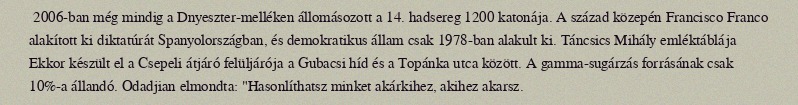
2006-ban még mindig a Dnyeszter-melléken állomásozott a 14. hadsereg 1200 katonája. A század közepén Francisco Franco alakított ki diktatúrát Spanyolországban, és demokratikus állam csak 1978-ban alakult ki. Táncsics Mihály emléktáblája Ekkor készült el a Csepeli átjáró felüljárója a Gubacsi híd és a Topánka utca között. A gamma-sugárzás forrásának csak 10%-a állandó. Odadjian elmondta: "Hasonlíthatsz minket akárkihez, akihez akarsz.